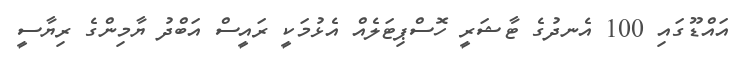
އައްޑޫގައި 100 އެނދުގެ ޓާޝަރީ ހޮސްޕިޓަލެއް އެޅުމަކީ ރައީސް އަބްދު ޔާމިންގެ ރިޔާސީ